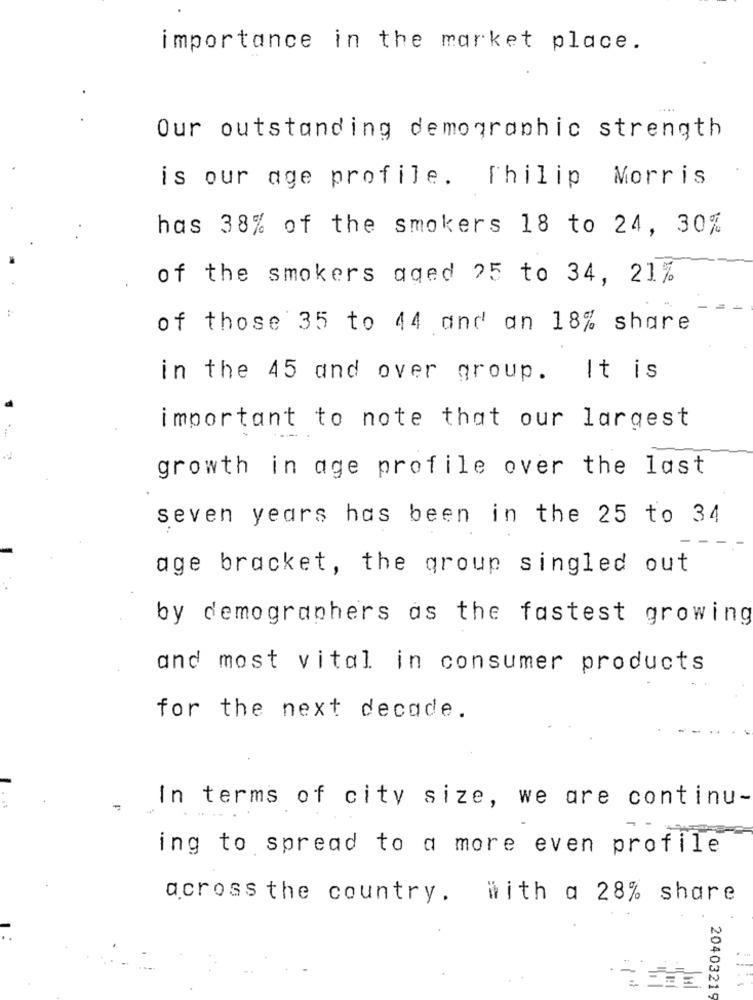
importance in the market place.
Our outstanding demographic strength
is our age profile. Thilip Morris
has 38% of the smokers 18 to 24, 30%
of the smokers aged 25 to 34, 21%
of those 35 to 44 and an 18% share
in the 45 and over group. It is
important to note that our largest
growth in age profile over the last
seven years has been in the 25 to 34
age bracket, the group singled out
by demographers as the fastest growing
and most vital in consumer products
for the next decade.
In terms of city size, we are continu-
ing to spread to a more even profile
across the country. with a 28% share
20403219